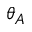
\theta _ { A }